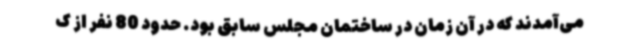
می‌آمدند که در آن زمان در ساختمان مجلس سابق بود. حدود 80 نفر از ک